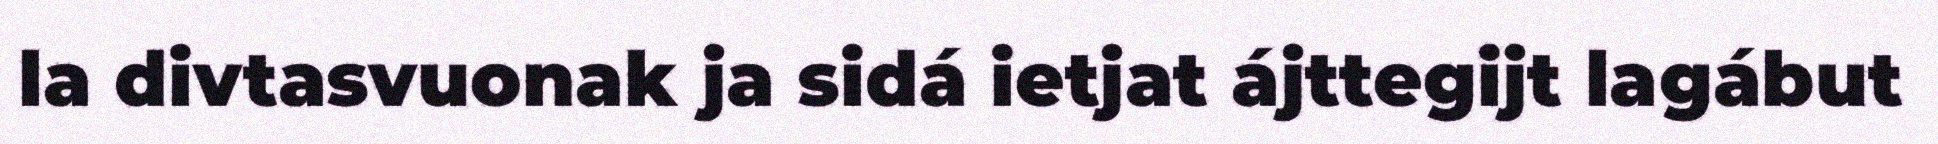
la divtasvuonak ja sidá ietjat ájttegijt lagábut